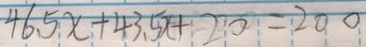
4 6 . 5 x + 4 3 . 5 x + 2 0 = 2 0 0